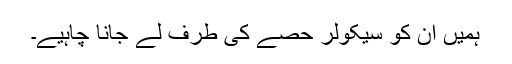
ہمیں ان کو سیکولر حصے کی طرف لے جانا چاہیے۔